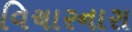
વિચારનારા